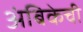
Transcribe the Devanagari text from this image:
अंबिकेची